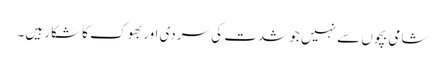
شامی بچوں سے نہیں جو شدت کی سردی اور بھوک کا شکار ہیں۔